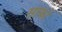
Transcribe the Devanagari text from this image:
सार्को